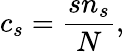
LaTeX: c_{s}=\frac{sn_{s}}{N},